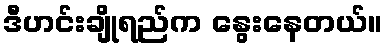
ဒီဟင်းချိုရည်က နွေးနေတယ်။